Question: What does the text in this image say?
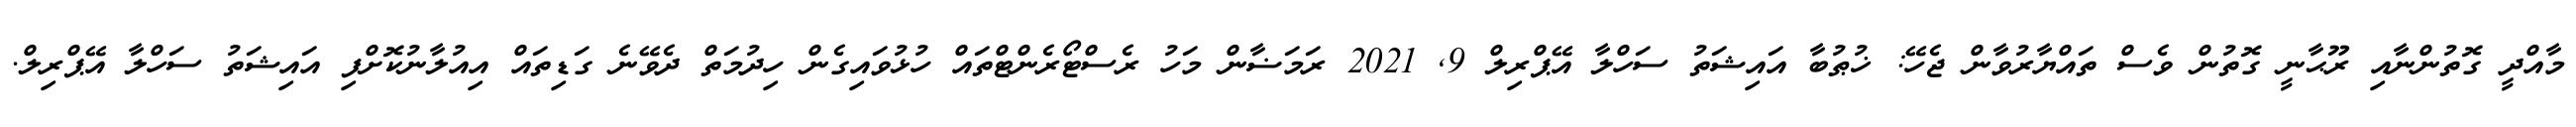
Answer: މާއްދީ ގޮތުންނާއި ރޫޙާނީ ގޮތުން ވެސް ތައްޔާރުވާން ޖެހޭ: ޚުޠުބާ އައިޝަތު ސަހްލާ އޭޕްރިލް 9, 2021 ރަމަޟާން މަހު ރެސްޓޯރެންޓްތައް ހުޅުވައިގެން ހިދުމަތް ދެވޭނެ ގަޑިތައް އިއުލާނުކޮށްފި އައިޝަތު ސަހްލާ އޭޕްރިލް.